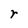
Character: r